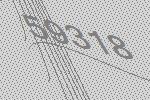
59318